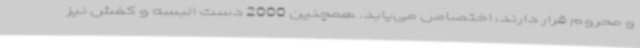
و محروم قرار دارند، اختصاص می‌یابد. همچنین 2000 دست البسه و کفش نیز